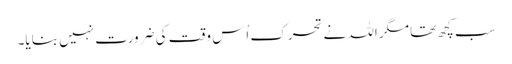
سب کچھ تھا مگر اللہ نے تحرک اُس وقت کی ضرورت نہیں بنایا۔